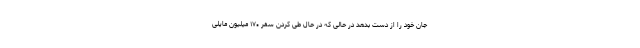
جان خود را از دست بدهد در حالی که در حال طی کردن سفر ۱۷۰ میلیون مایلی